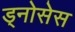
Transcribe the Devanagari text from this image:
ड्नोसेस